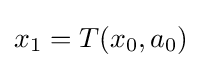
x_{1}=T(x_{0},a_{0})